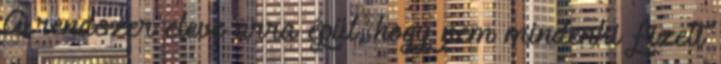
A rendszer eleve arra épül, hogy nem mindenki fizeti